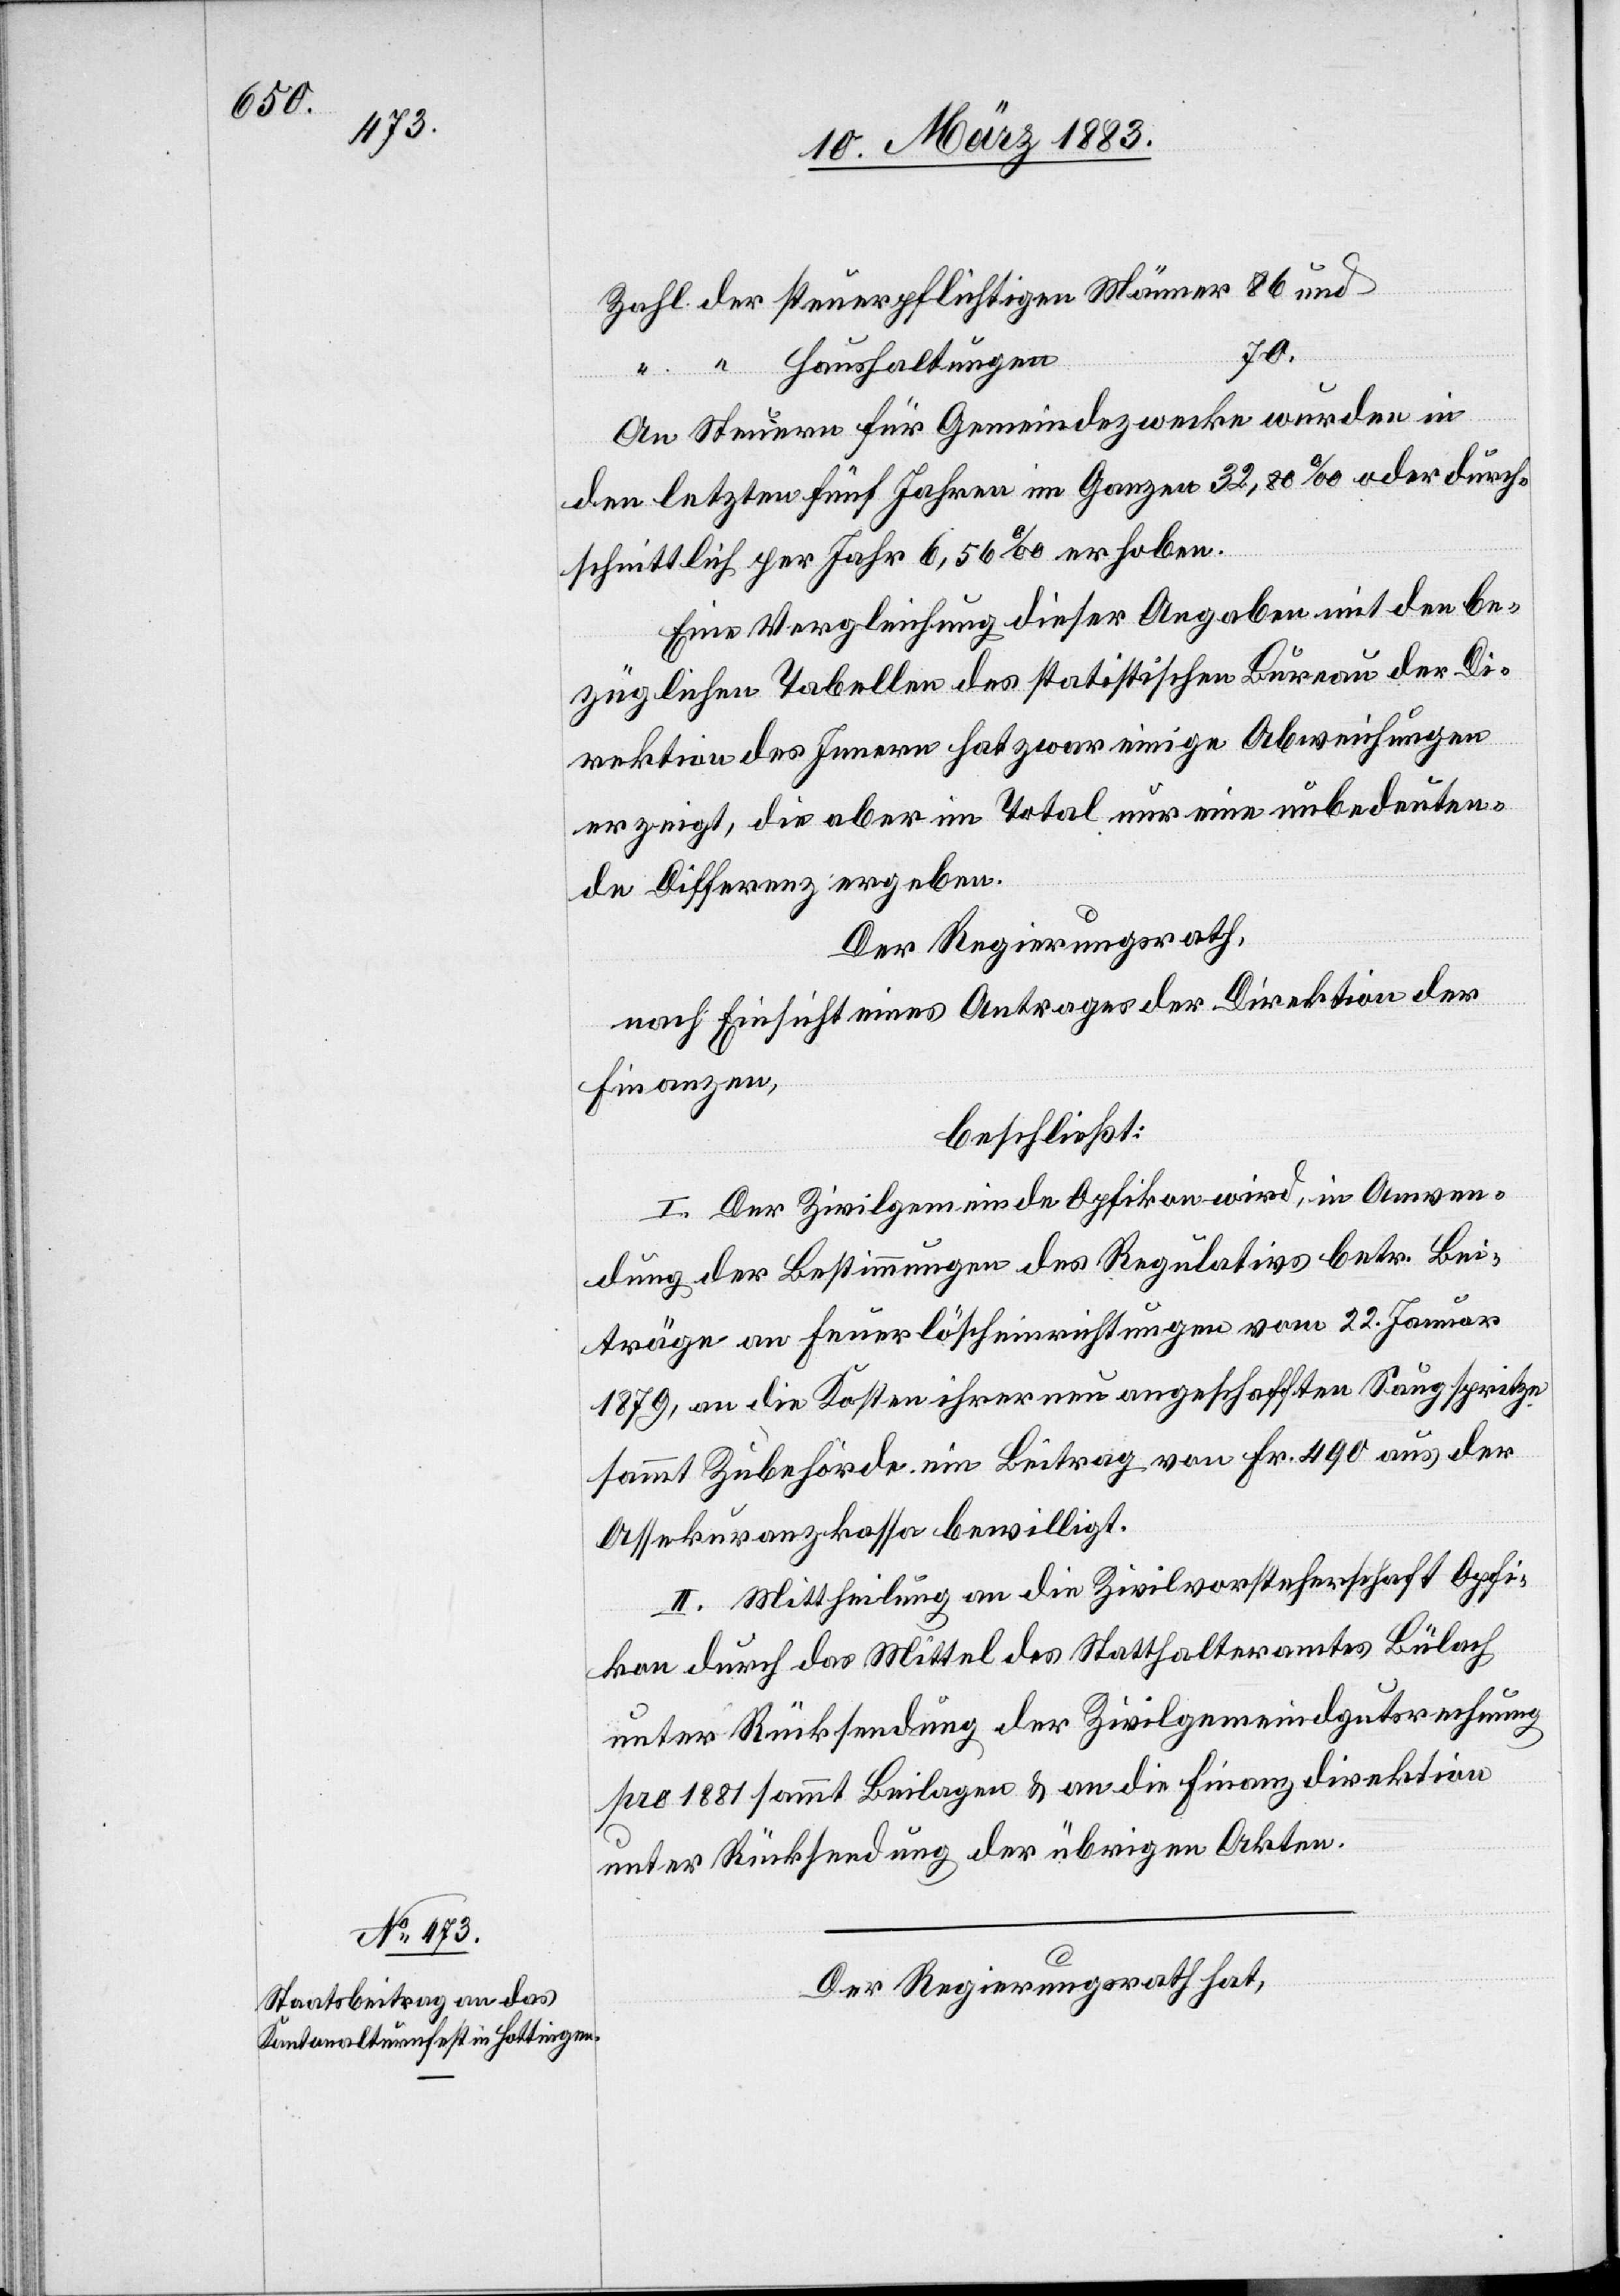
200

Männe¬
Der Regierungsrath,
nach Einsicht eines Antrages der Direktion der
Finanzen,
beschließt:
dung der Bestimmungen des Regulativs betr. Bei¬
träge an Feuerlöscheinrichtungen, an die Kosten
dorf durch das Mittel des Statthalteramtes unter
unter Rückstellung der übrigen Akten.